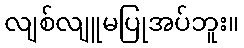
လျစ်လျူမပြုအပ်ဘူး။